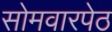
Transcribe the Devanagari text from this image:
सोमवारपेठ